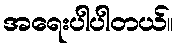
အရေးပါပါတယ်။